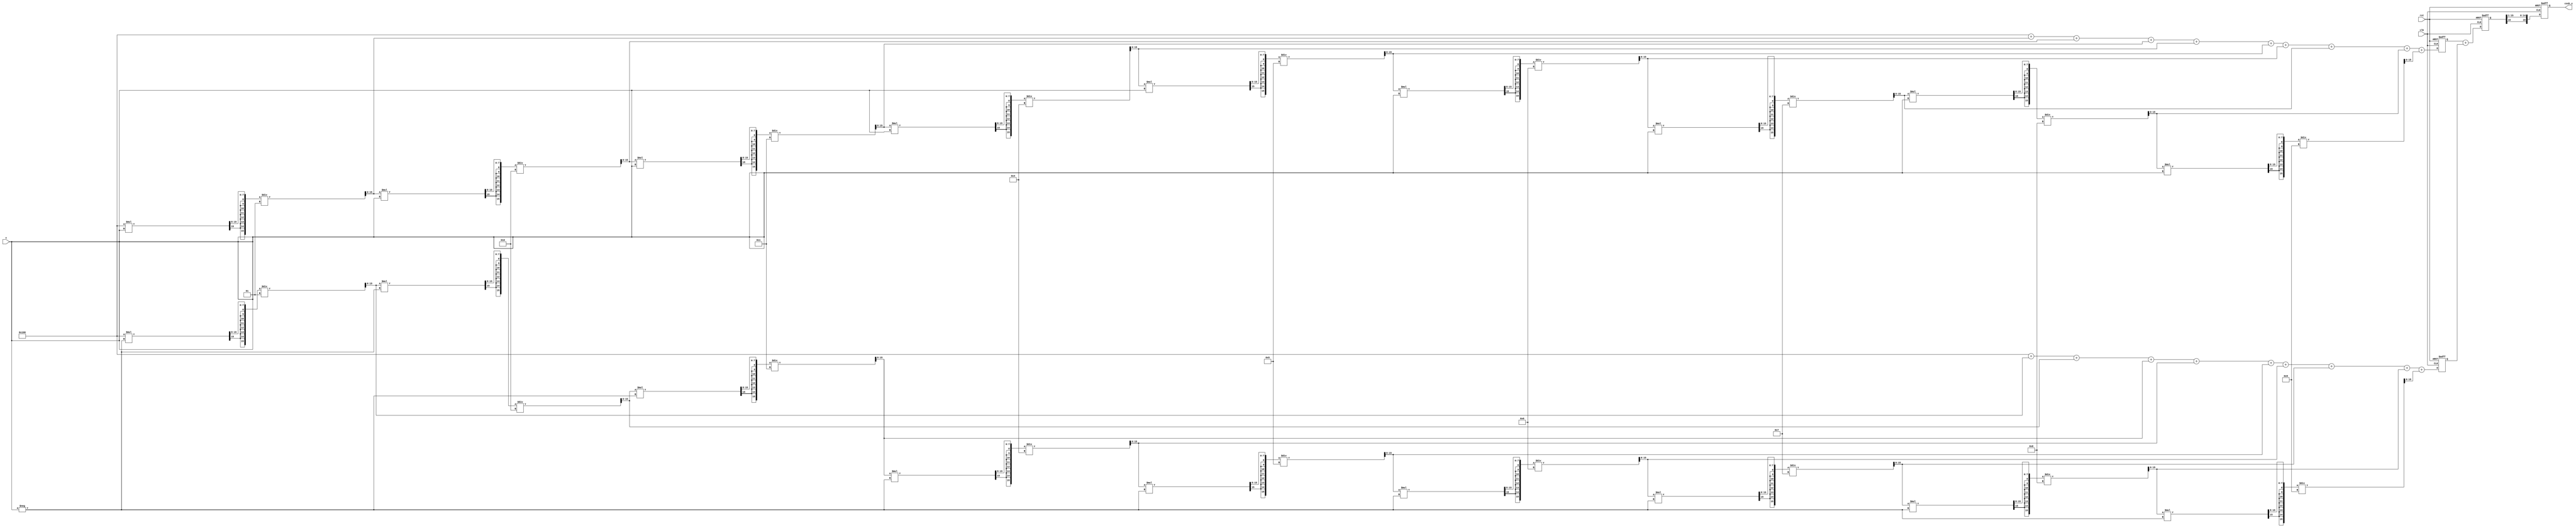
module hyperbolic_cosh #(
    parameter WIDTH = 16,       // Width of input and output
    parameter FRACTIONAL_BITS = 8 // Number of fractional bits
)(
    input  wire signed [WIDTH-1:0] x,       // Input value (fixed-point)
    output wire signed [WIDTH-1:0] cosh_x,   // Output value (fixed-point)
    input  wire clk,                         // Clock signal
    input  wire rst                          // Reset signal
);

    // Internal signals
    reg signed [WIDTH-1:0] exp_x;            // e^x
    reg signed [WIDTH-1:0] exp_neg_x;        // e^(-x)
    reg signed [WIDTH-1:0] sum_exp;          // e^x + e^(-x)
    reg signed [WIDTH-1:0] cosh_result;      // Final cosh result

    // Taylor series approximation for e^x
    function signed [WIDTH-1:0] exp_taylor;
        input signed [WIDTH-1:0] val;
        integer i;
        reg signed [WIDTH-1:0] term;
        reg signed [WIDTH-1:0] sum;
        begin
            sum = 0;
            term = 1 << FRACTIONAL_BITS; // 1.0 in fixed-point
            for (i = 0; i < 10; i = i + 1) begin // 10 terms
                sum = sum + term;
                term = (term * val) >>> FRACTIONAL_BITS; // Multiply by x and shift
                term = term / (i + 1); // Divide by factorial
            end
            exp_taylor = sum;
        end
    endfunction

    // Compute cosh in a sequential process
    always @(posedge clk or posedge rst) begin
        if (rst) begin
            exp_x <= 0;
            exp_neg_x <= 0;
            sum_exp <= 0;
            cosh_result <= 0;
        end else begin
            // Compute e^x and e^(-x)
            exp_x <= exp_taylor(x); // e^x
            exp_neg_x <= exp_taylor(-x); // e^(-x)

            // Compute e^x + e^(-x)
            sum_exp <= exp_x + exp_neg_x;

            // Compute cosh(x) = (e^x + e^(-x)) / 2
            cosh_result <= sum_exp >>> 1; // Right shift to divide by 2
        end
    end

    // Output assignment
    assign cosh_x = cosh_result;

endmodule